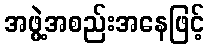
အဖွဲ့အစည်းအနေဖြင့်